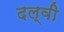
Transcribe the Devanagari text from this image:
दल्वी